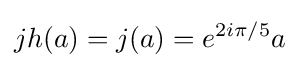
jh(a)=j(a)=e^{2i\pi /5}a